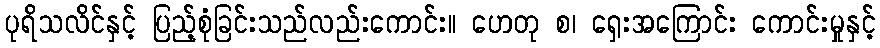
ပုရိသလိင်နှင့် ပြည့်စုံခြင်းသည်လည်းကောင်း။ ဟေတု စ၊ ရှေးအကြောင်း ကောင်းမှုနှင့်